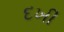
દખી